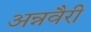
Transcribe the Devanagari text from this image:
अन्नवैरी